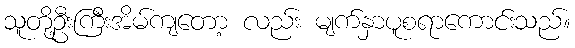
သူတို့ဦးကြီးအိမ်ကျတော့ လည်း မျက်နှာပူစရာကောင်းသည်။